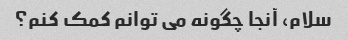
سلام، آنجا چگونه می توانم کمک کنم؟